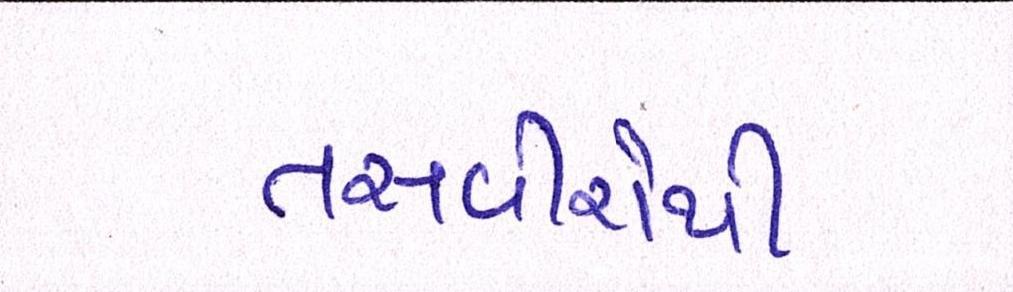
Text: તસવીરોથી